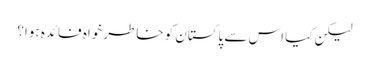
لیکن کیا اس سے پاکستان کو خاطر خواہ فائدہ ہوا؟